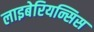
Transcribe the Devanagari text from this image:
लाइबेरियन्सिस